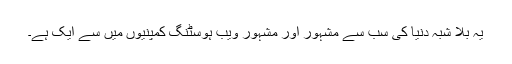
یہ بلا شبہ دنیا کی سب سے مشہور اور مشہور ویب ہوسٹنگ کمپنیوں میں سے ایک ہے۔